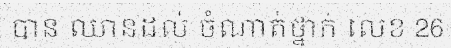
បាន ឈានដល់ ចំណាត់ថ្នាក់ លេខ 26